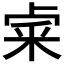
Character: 𥹄